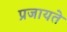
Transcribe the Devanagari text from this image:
प्रजायते